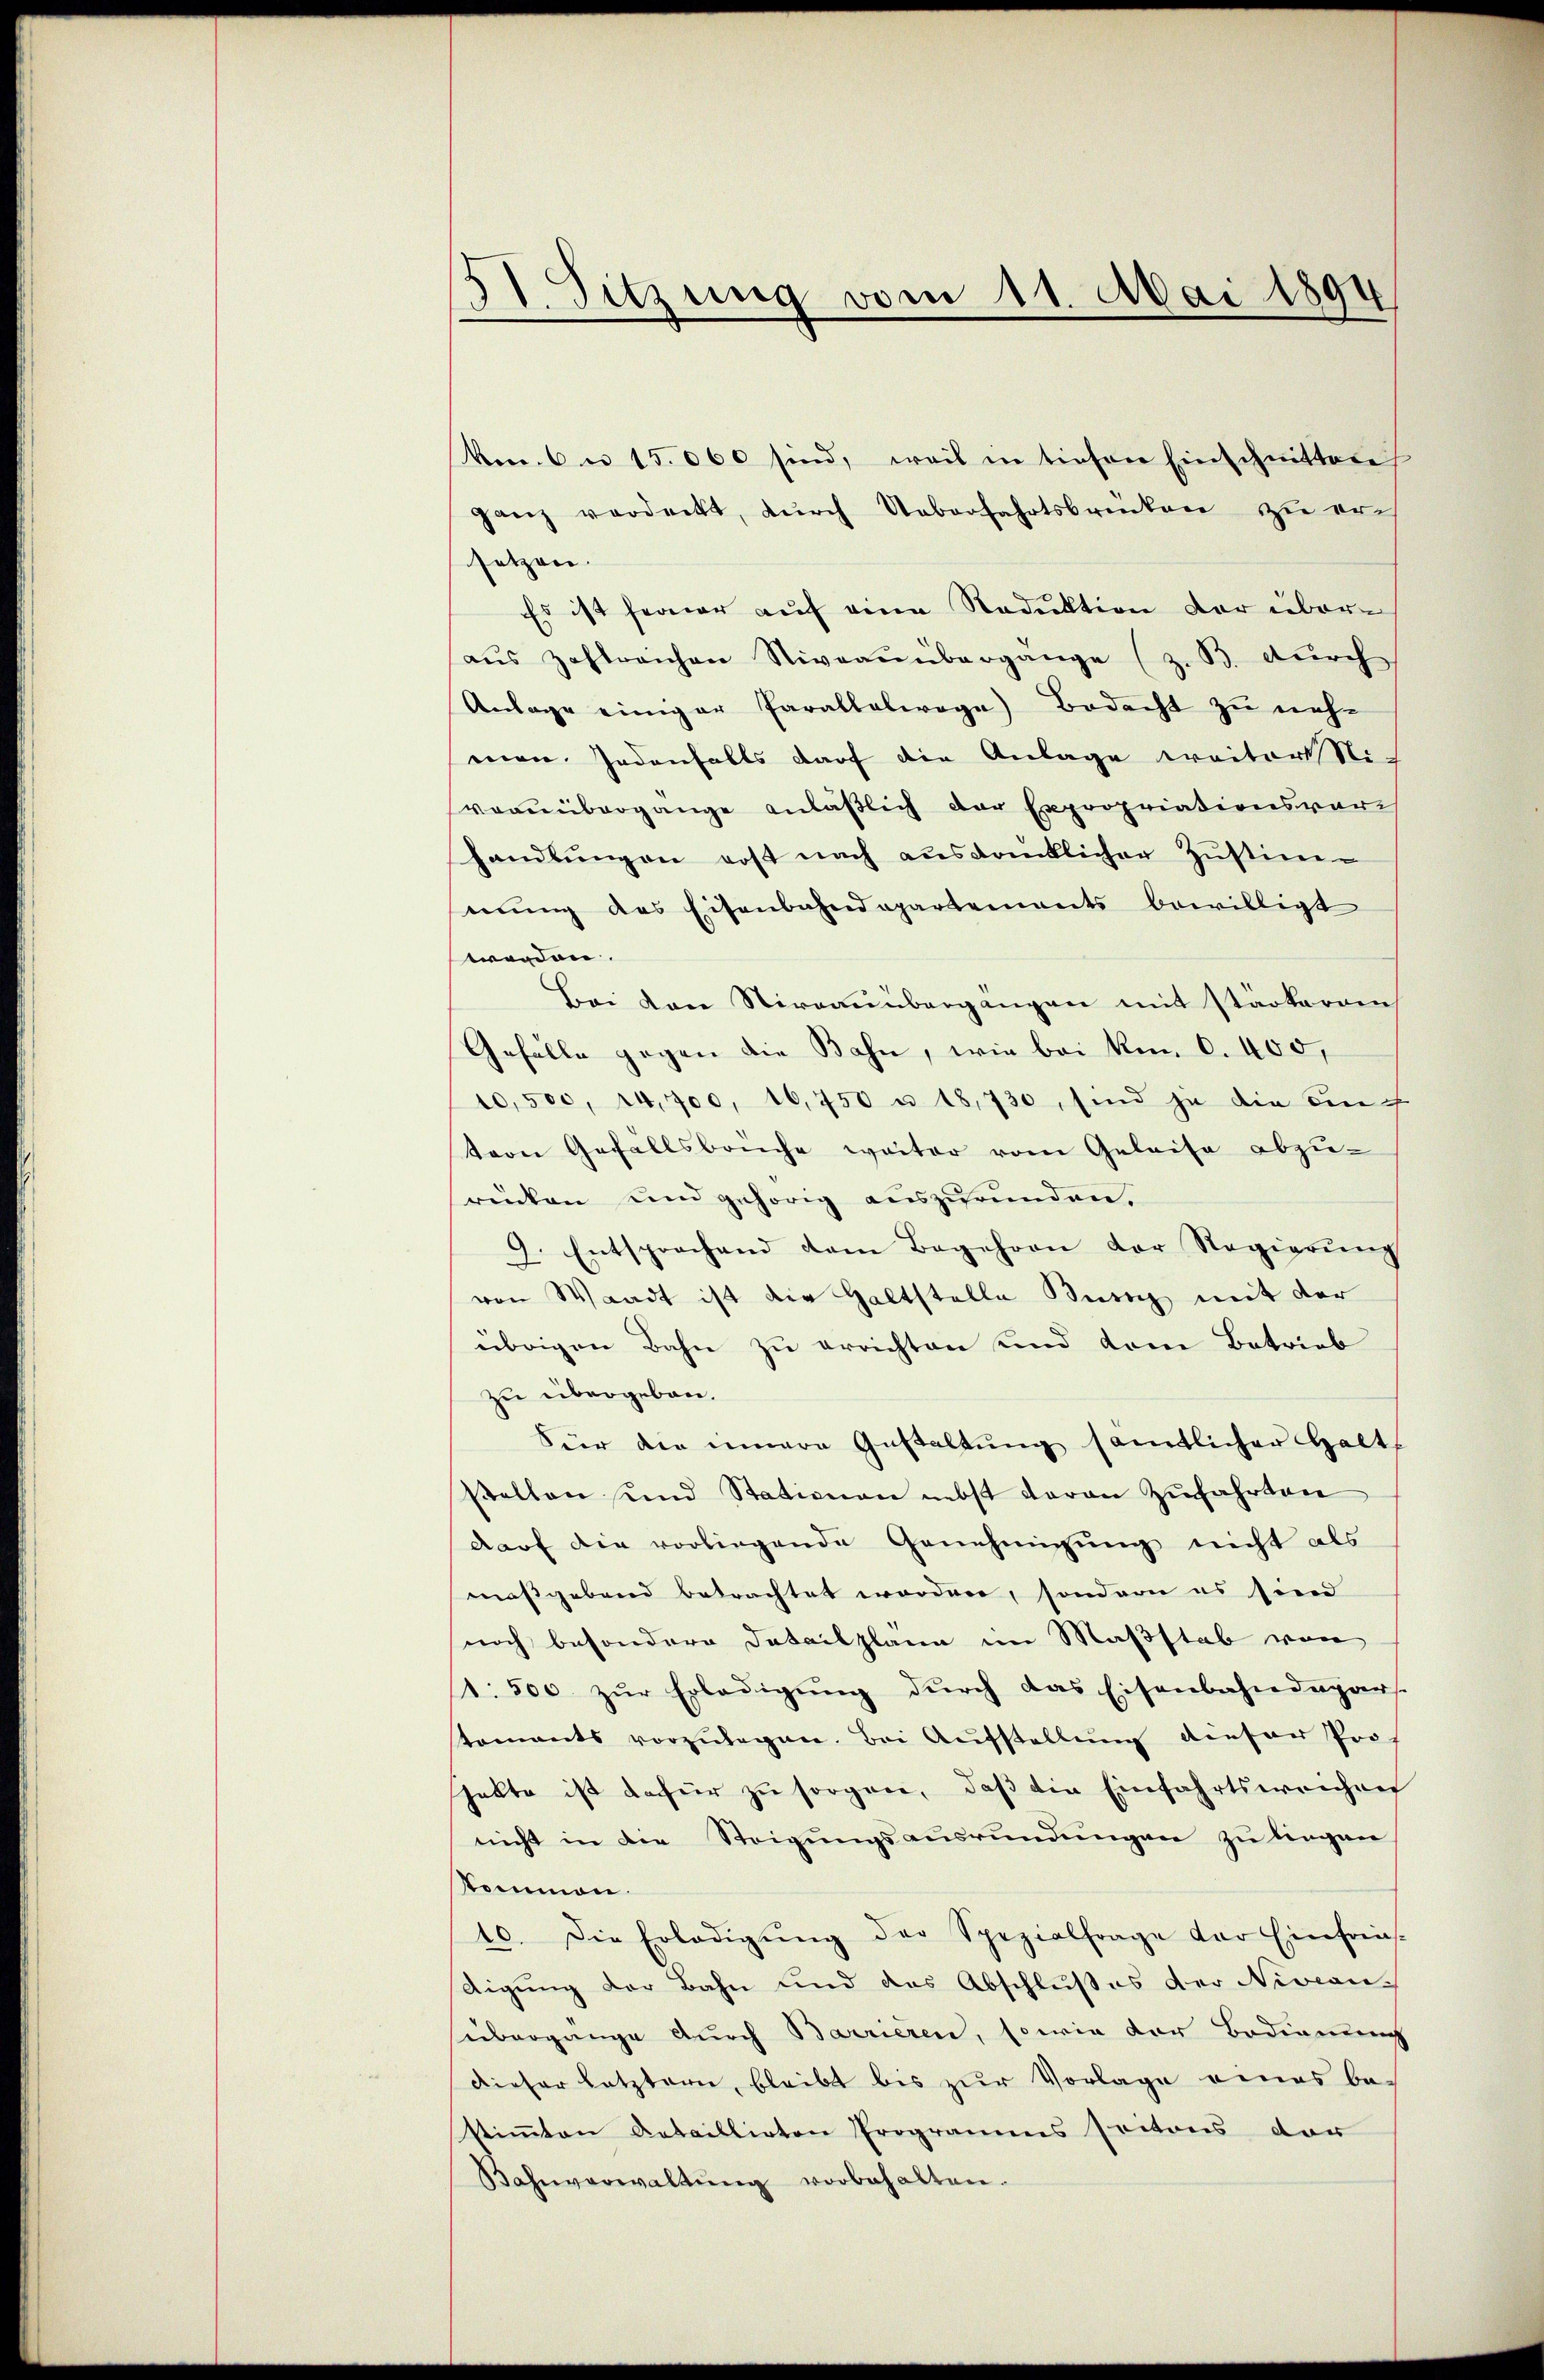
I Sitzung vom 11. Mai 1894

kon. 6 n 15.000 sind, weil in tiefen Einschnitten
ganz verdeckt, dŭrch Ueberfahrtsbrenken zu erich
setzen.
Es ist ferner auf eine Reduktion der überaŭs zahlreichen Niveau übergange (z. B. durch
Anlage einiger Parallelwage) Bedacht zu nehmon Jedenfalls darf die Anlage weiter Nich
vorübergange anläßlich der Expropriationsvorhandlungen rost nach ausdrücklicher Zustimmung des Eisenbahndepartements bewilligt
werden.
Bei von Stirnauübergängen mit stärkerein
Gefälle gegen die Bahn, wie bei Ron. 0. 400,
10,500, 14,700, 16,750 u 18,730, sind ja die auch
tern Gefallsbrüche weiter vom Geleise abzu-
rücken und gehörig auszurunden.
9. Entsprechend dem Begehren der Regierŭng
von Waadt ist die Haltstelle Burg mit der
übrigen Bahn zu errichten und dem Betrieb
zu übergeben.
Für die innere Gestaltung sämtlicher Halt
stalten und Stationen nebst daran zufahrten
darf die vorliegende Genehmigung nicht als
maßgebend betrachtet worden, sondern es siend
noch besondere Datailplane im Maßstab von
1. 500 zŭr Erledigŭng dŭrch das Eisenbahndagars.
tomants vorzŭlegen. Bei Aŭfstellŭng dieser Prof
pakte ist dafür zu sorgen, daß die Einfahrtsweichen
nicht in die Steigungsausründungen zu liegen
kommen.
10. Die Erledigŭng der Spezialfrage der Einfrie-
digung der Bahn und das Abschlußes der Niveaus
übergange durch Barrieren, sowie der Bedienung
dieser letztern, bleibt bis zur Vorlage eines be-
stimmten Aetaillirten Programms soitons der
Bahnverwaltŭng vorbehalten.